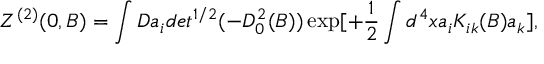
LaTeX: Z ^ { ( 2 ) } ( 0 , B ) = \int D a _ { i } d e t ^ { 1 / 2 } ( - D _ { 0 } ^ { 2 } ( B ) ) \exp [ + \frac { 1 } { 2 } \int d ^ { 4 } x a _ { i } K _ { i k } ( B ) a _ { k } ] ,